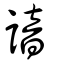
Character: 諳